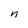
Character: n